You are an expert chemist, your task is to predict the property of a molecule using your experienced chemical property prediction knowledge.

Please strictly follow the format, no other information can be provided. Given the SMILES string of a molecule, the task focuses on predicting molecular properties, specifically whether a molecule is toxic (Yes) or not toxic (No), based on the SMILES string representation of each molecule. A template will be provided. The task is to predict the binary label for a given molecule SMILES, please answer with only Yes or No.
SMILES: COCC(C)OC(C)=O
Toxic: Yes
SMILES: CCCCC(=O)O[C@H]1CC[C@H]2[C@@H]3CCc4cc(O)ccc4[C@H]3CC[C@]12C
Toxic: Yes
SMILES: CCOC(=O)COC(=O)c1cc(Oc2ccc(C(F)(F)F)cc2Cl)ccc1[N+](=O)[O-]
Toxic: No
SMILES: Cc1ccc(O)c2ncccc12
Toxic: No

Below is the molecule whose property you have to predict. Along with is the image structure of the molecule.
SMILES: CCc1ccccc1CC
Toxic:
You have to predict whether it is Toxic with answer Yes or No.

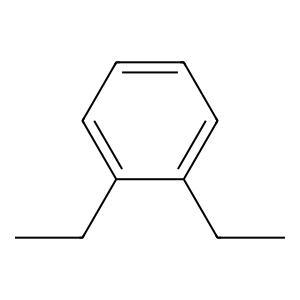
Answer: No